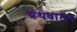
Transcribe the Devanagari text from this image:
ग्रंथवाटप